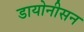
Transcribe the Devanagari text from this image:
डायोनीसन